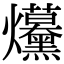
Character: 𤓦